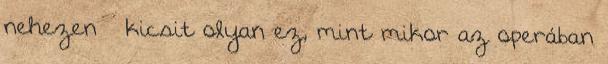
nehezen – kicsit olyan ez, mint mikor az operában